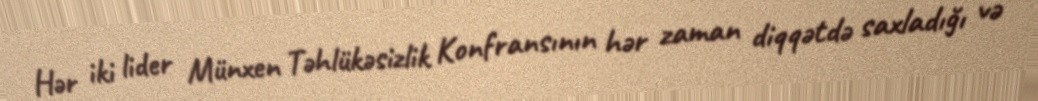
Hər iki lider Münxen Təhlükəsizlik Konfransının hər zaman diqqətdə saxladığı və